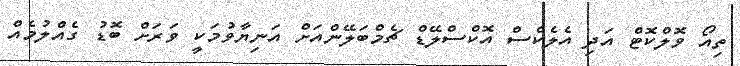
ތިއޯ ވޮލްކޮޓް އަދި އެލެކްސް އޮކްސްލޭޑް ޗެމްބަލޭންއަށް އަނިޔާވުމަކީ ވަރަށް ބޮޑު ގެއްލުމެއް